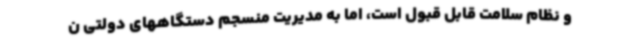
و نظام سلامت قابل قبول است، اما به مدیریت منسجم دستگاههای دولتی ن